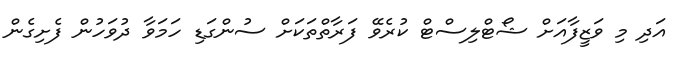
އަދި މި ވަޒީފާއަށް ޝޯޓްލިސްޓް ކުރެވޭ ފަރާތްތަކަށް ސުންގަޑި ހަމަވާ ދުވަހުން ފެށިގެން